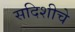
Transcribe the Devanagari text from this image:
सदिशीचे